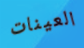
العينات